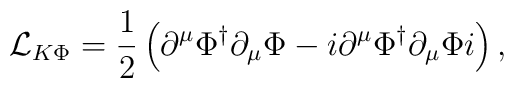
{\cal L}_{K\Phi} = \frac{1}{2}\left(\partial^{\mu} \Phi^{\dagger} \partial_{\mu} \Phi- i\partial^{\mu} \Phi^{\dagger} \partial_{\mu} \Phi i\right),